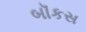
બૉકસ